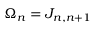
\Omega _ { n } = J _ { n , n + 1 }